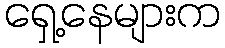
ရှေ့နေများက